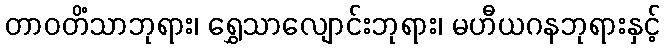
တာဝတိံသာဘုရား၊ ရွှေသာလျောင်းဘုရား၊ မဟီယဂနဘုရားနှင့်